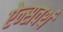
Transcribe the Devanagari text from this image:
ऐन्सवर्थ